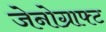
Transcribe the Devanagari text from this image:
जेनोग्राफ्ट